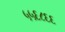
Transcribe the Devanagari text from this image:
५५६८६६